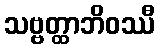
သဗ္ဗတ္ထာဘိဝဿီ